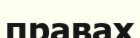
правах